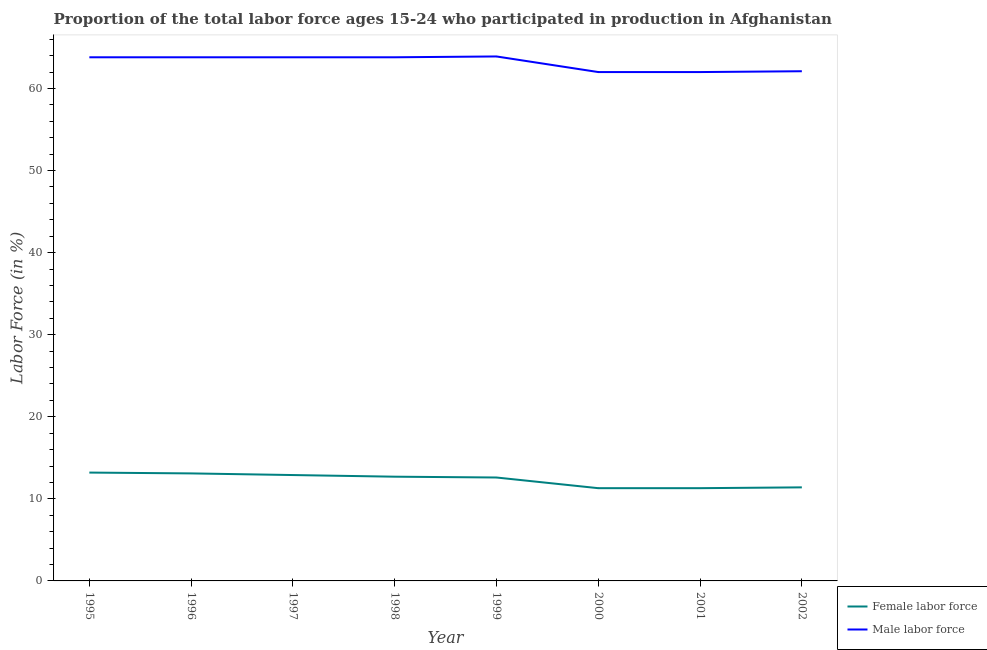
| Year | Female labor force | Male labor force |
 | --- | --- | --- |
 | 1995 | 13.2 | 63.8 |
 | 1996 | 13.1 | 63.8 |
 | 1997 | 12.9 | 63.8 |
 | 1998 | 12.7 | 63.8 |
 | 1999 | 12.6 | 63.9 |
 | 2000 | 11.3 | 62 |
 | 2001 | 11.3 | 62 |
 | 2002 | 11.4 | 62.1 |